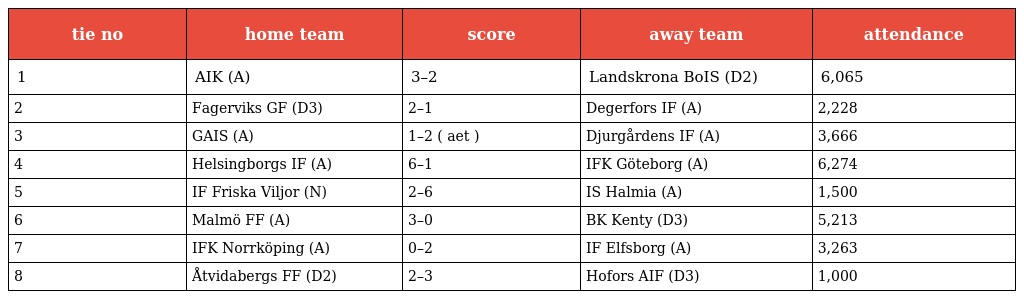
| tie no | home team | score | away team | attendance |
 | --- | --- | --- | --- | --- |
 | 1 | AIK (A) | 3–2 | Landskrona BoIS (D2) | 6,065 |
 | 2 | Fagerviks GF (D3) | 2–1 | Degerfors IF (A) | 2,228 |
 | 3 | GAIS (A) | 1–2 ( aet ) | Djurgårdens IF (A) | 3,666 |
 | 4 | Helsingborgs IF (A) | 6–1 | IFK Göteborg (A) | 6,274 |
 | 5 | IF Friska Viljor (N) | 2–6 | IS Halmia (A) | 1,500 |
 | 6 | Malmö FF (A) | 3–0 | BK Kenty (D3) | 5,213 |
 | 7 | IFK Norrköping (A) | 0–2 | IF Elfsborg (A) | 3,263 |
 | 8 | Åtvidabergs FF (D2) | 2–3 | Hofors AIF (D3) | 1,000 |